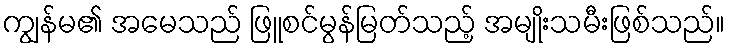
ကျွန်မ၏ အမေသည် ဖြူစင်မွန်မြတ်သည့် အမျိုးသမီးဖြစ်သည်။